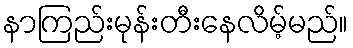
နာကြည်းမုန်းတီးနေလိမ့်မည်။